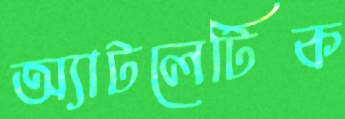
অ্যাটলেটিক